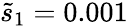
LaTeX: \tilde{s}_{1}=0.001